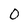
Character: O